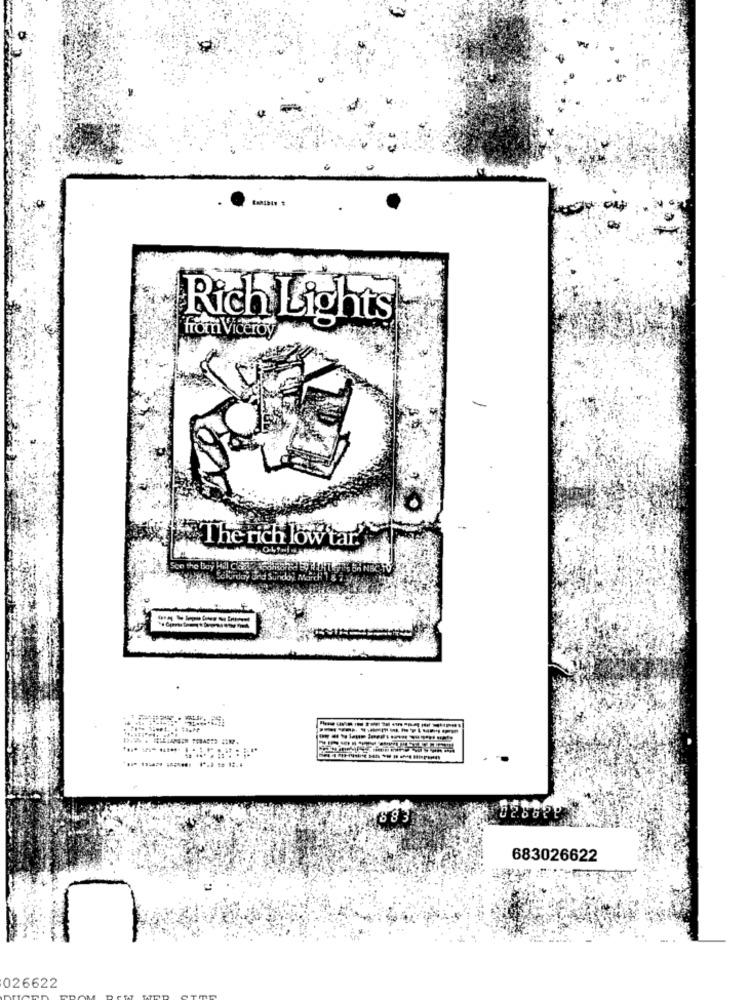
Rich Lights
from Viceroy
The rich low tar.'
8 83
683026622
026622